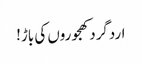
اردگرد کھجوروں کی باڑ!